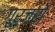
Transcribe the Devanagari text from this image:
गूर्जरों